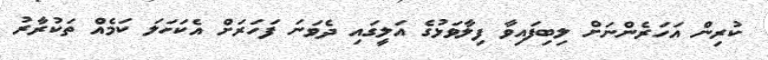
ކުރިން އަހަރެންނަށް ލިބިފައިވާ ފިލާވަޅުގެ އަލީގައި ދެވަނަ ފަހަރަށް އެކަހަލަ ކަމެއް ތަކުރާރު